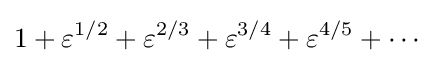
1+\varepsilon ^{1/2}+\varepsilon ^{2/3}+\varepsilon ^{3/4}+\varepsilon ^{4/5}+\cdots